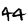
Digit: 4